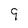
Character: 9